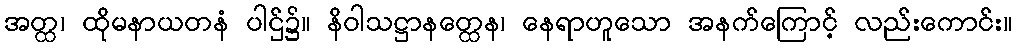
အတ္ထ၊ ထိုမနာယတနံ ပါဌ်၌။ နိဝါသဋ္ဌာနတ္ထေန၊ နေရာဟူသော အနက်ကြောင့် လည်းကောင်း။